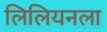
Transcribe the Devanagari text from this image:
लिलियनला